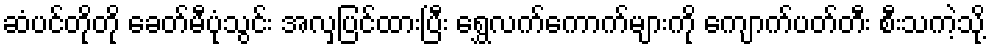
ဆံပင်တိုတို ခေတ်မီပုံသွင်း အလှပြင်ထားပြီး ရွှေလက်ကောက်များကို ကျောက်ပတ်တီး စီးသကဲ့သို့